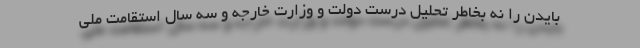
بایدن را نه بخاطر تحلیل درست دولت و وزارت خارجه و سه سال استقامت ملی